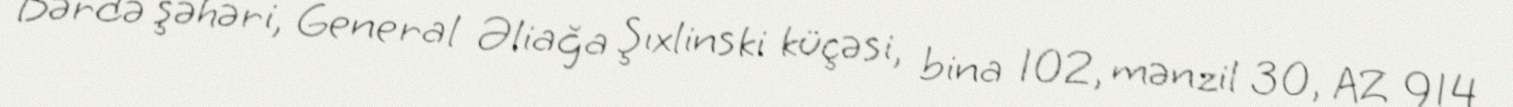
Bərdə şəhəri, General Əliağa Şıxlinski küçəsi, bina 102, mənzil 30, AZ 914